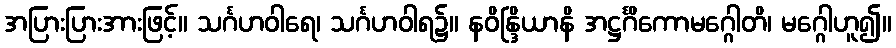
အပြားပြားအားဖြင့်။ သင်္ဂဟဝါရေ၊ သင်္ဂဟဝါရ၌။ နဝိန္ဒြိယာနိ အဋ္ဌင်္ဂိကောမဂ္ဂေါတိ၊ မဂ္ဂေါဟူ၍။